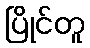
ပြိုင်တူ